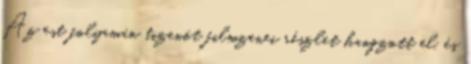
Az est folyamán tizenöt filmzenei részlet hangzott el, és